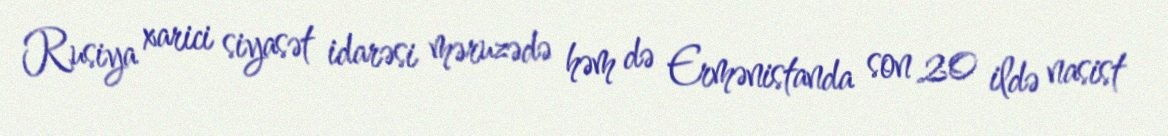
Rusiya xarici siyasət idarəsi məruzədə həm də Ermənistanda son 20 ildə nasist